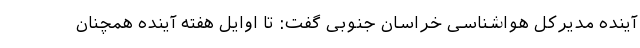
آینده مدیرکل هواشناسی خراسان جنوبی گفت: تا اوایل هفته آینده همچنان